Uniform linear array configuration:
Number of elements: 48
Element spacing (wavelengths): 0.75
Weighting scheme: cosine
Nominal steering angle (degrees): -60
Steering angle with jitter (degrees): -60.178
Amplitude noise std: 0.05
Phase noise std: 0.05

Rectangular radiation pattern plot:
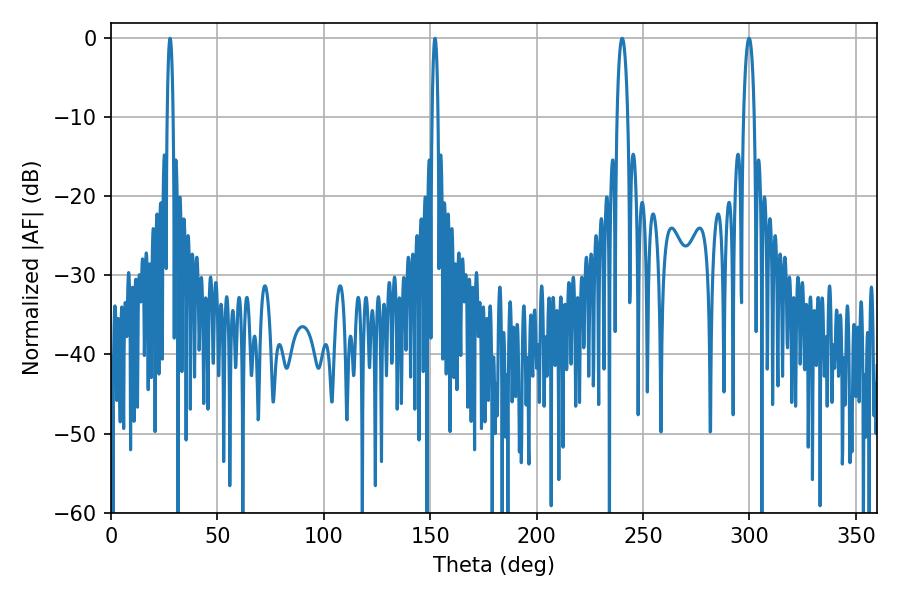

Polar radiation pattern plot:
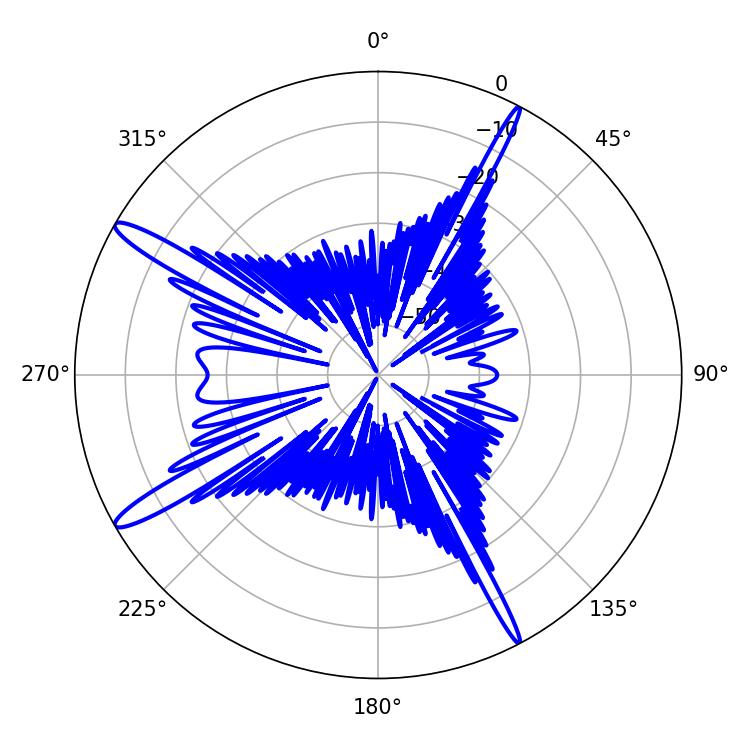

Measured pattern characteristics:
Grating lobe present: TRUE
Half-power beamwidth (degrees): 1.44
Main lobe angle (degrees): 27.72